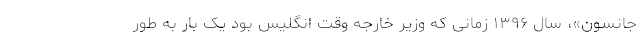
جانسون»، سال ۱۳۹۶ زمانی که وزیر خارجه وقت انگلیس بود یک بار به طور